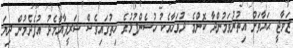
ޒަވާޖީ ޙަޔާތަށް އިތުރުވަމުންދާ ކޮންމެ ދުވަހާއެކު ހުސެންފުޅުގެ ހިތުގައިވެސް ޝަރީފާއާމެދު އުފެދެމުން ދިޔަ